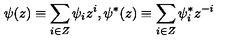
\psi ( z ) \equiv \sum _ { i \in Z } \psi _ { i } z ^ { i } , \psi ^ { \ast } ( z ) \equiv \sum _ { i \in Z } \psi _ { i } ^ { \ast } z ^ { - i }